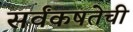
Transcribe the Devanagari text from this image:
सर्वंकषतेची